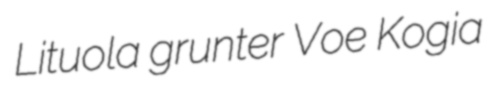
Lituola grunter Voe Kogia